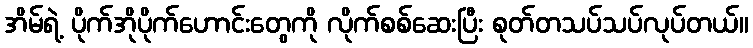
အိမ်ရဲ့ ပိုက်အိုပိုက်ဟောင်းတွေကို လိုက်စစ်ဆေးပြီး စုတ်တသပ်သပ်လုပ်တယ်။